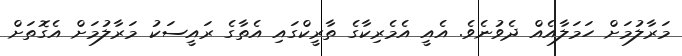
މަރާލުމަށް ހަމަލާއެއް ދެވުނެވެ. އެއީ އެމެރިކާގެ ތާރީކްގައި އެތާގެ ރައީސަކު މަރާލުމަށް އެގޮތަށް